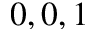
0 , 0 , 1